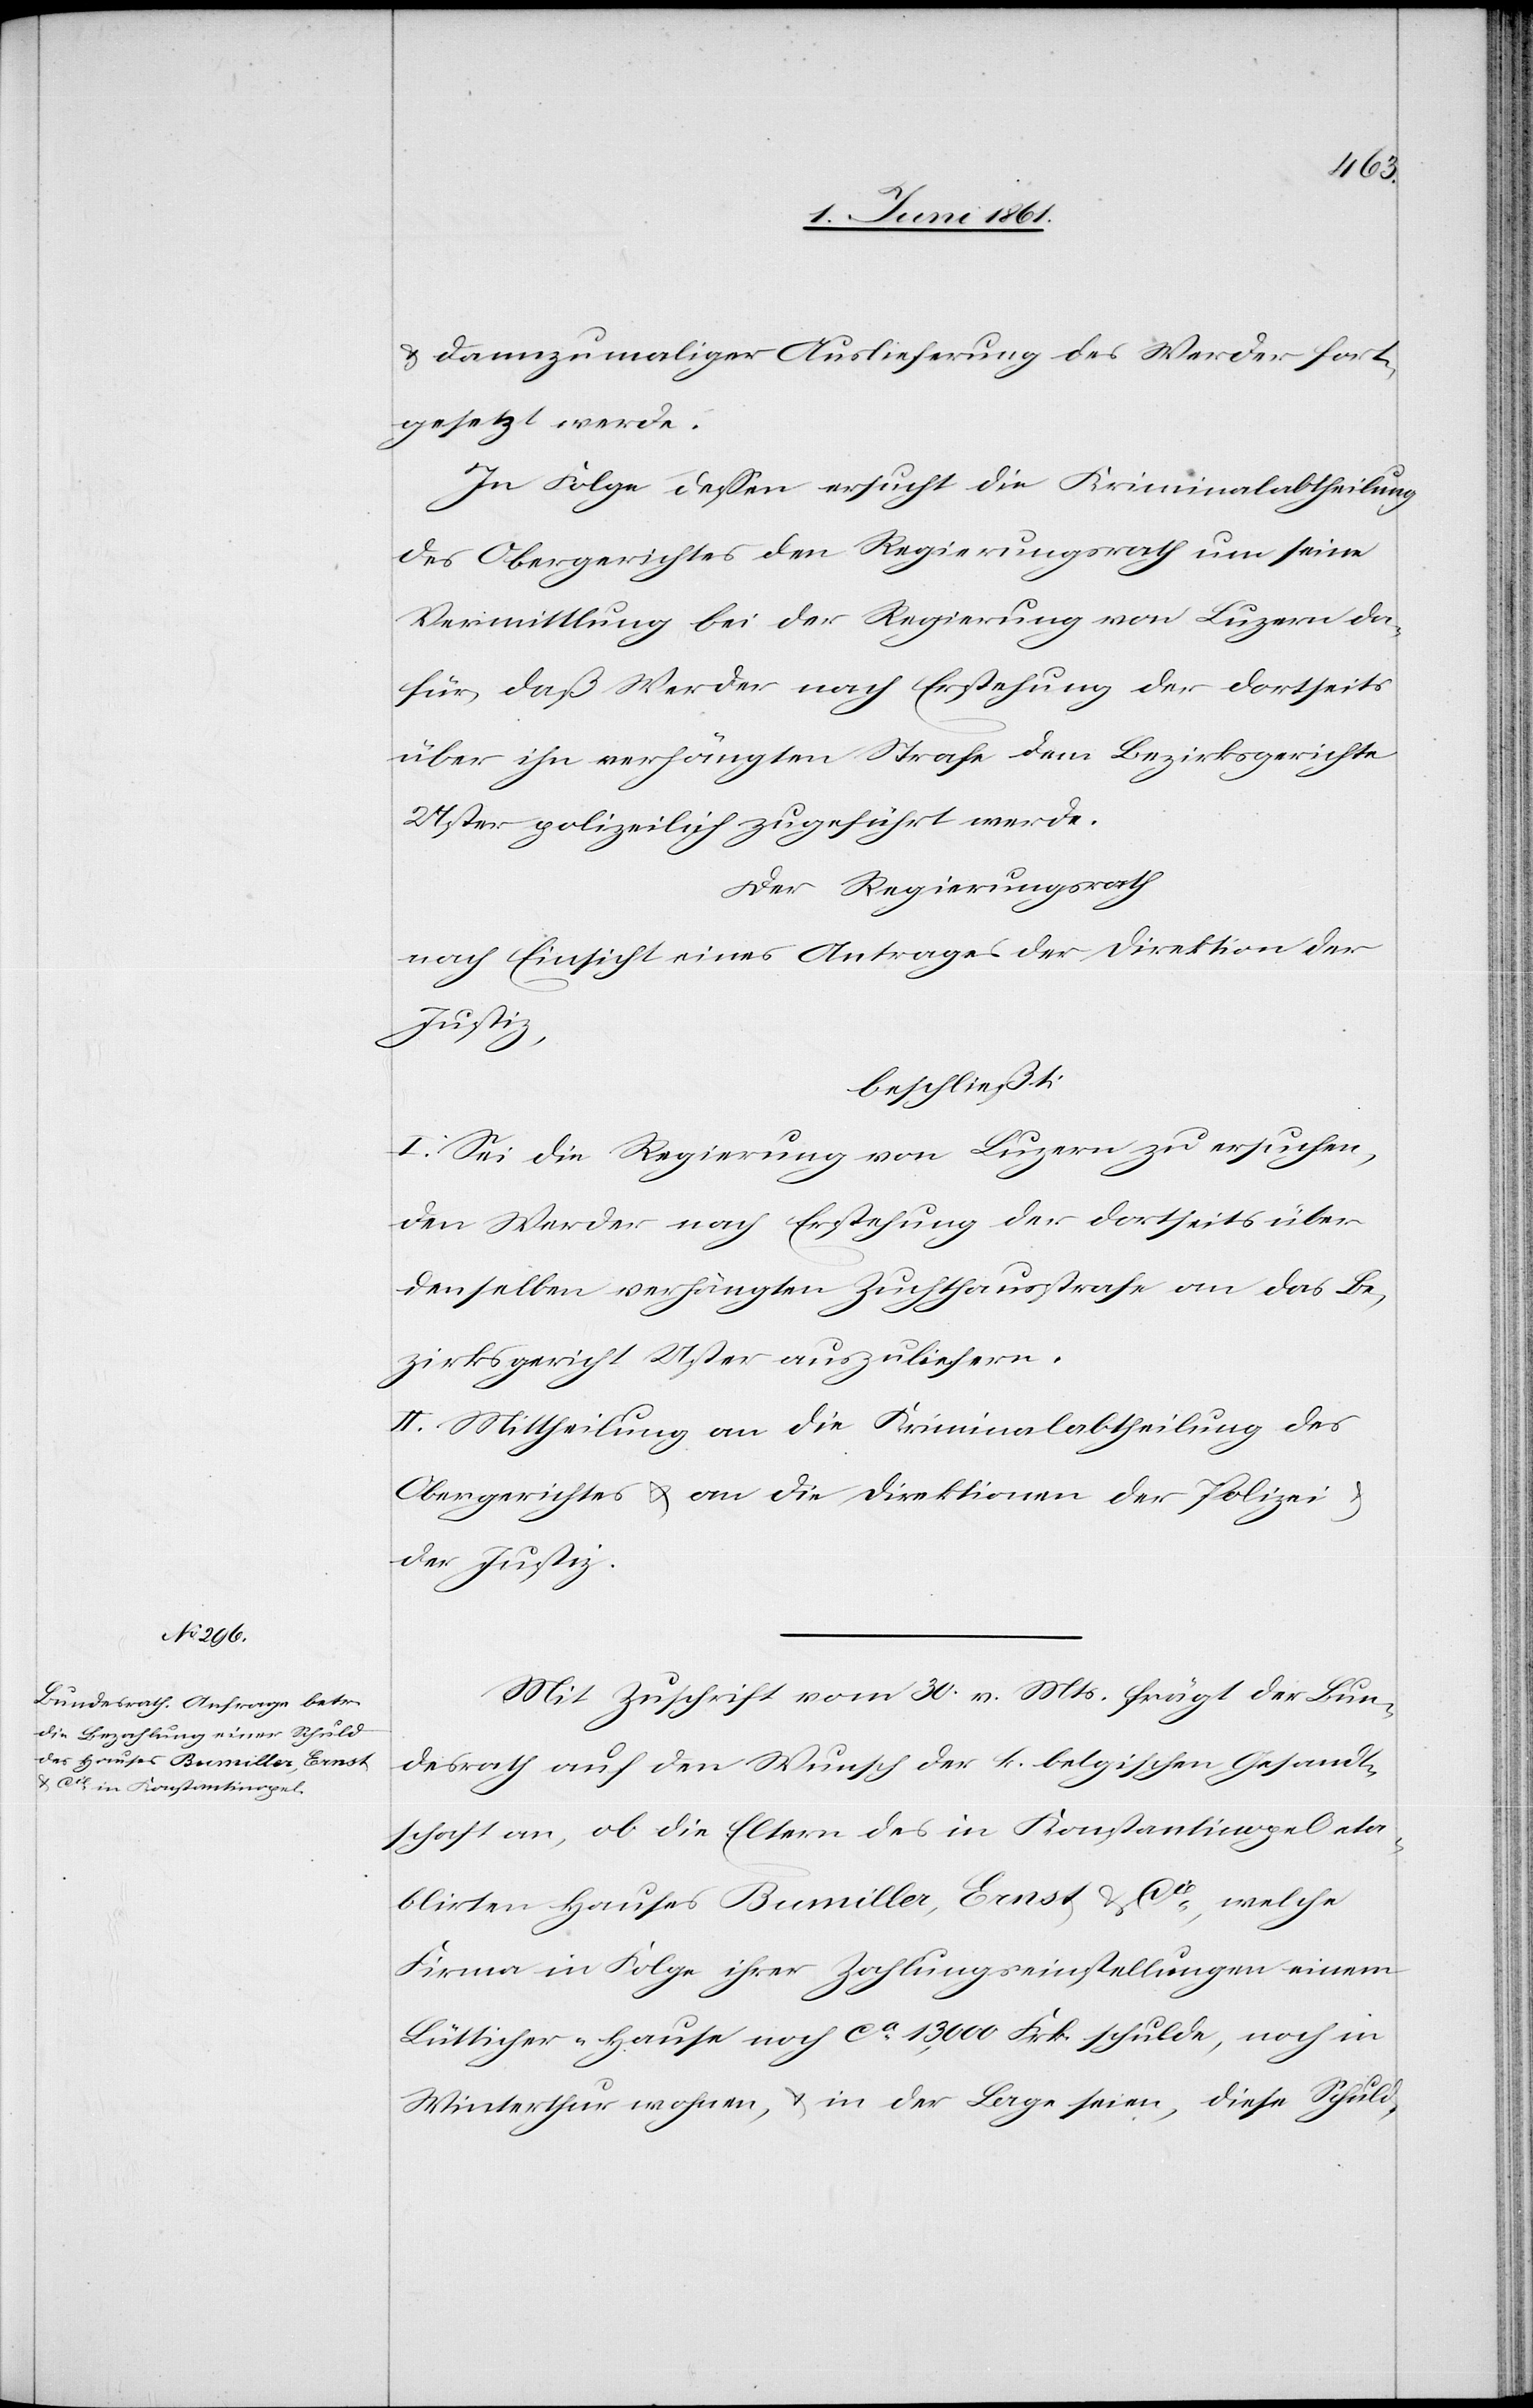
u. dannzumaliger Auslieferung des Werder fort¬
gesetzt werde.
In Folge dessen ersucht die Kriminalabtheilung
des Obergerichtes den Regierungsrath um seine
Vermittlung bei der Regierung von Luzern da¬
für, daß Werder nach Erstehung der dortseits
über ihn verhängten Strafe dem Bezirksgerichte
Uster polizeilich zugeführt werde.
Der Regierungsrath
nach Einsicht eines Antrages der Direktion der
Justiz,
beschließt:
I. Sei die Regierung von Luzern zu ersuchen,
den Werder nach Erstehung der dortseits über
denselben verhängten Zuchthausstrafe an das Be¬
zirksgericht Uster auszuliefern.
II. Mittheilung an die Kriminalabtheilung des
Obergerichtes u. an die Direktionen der Polizei u.
der Justiz.
Mit Zuschrift vom 30. v. Ms. frägt der Bun¬
desrath auf den Wunsch der k. belgischen Gesandt¬
schaft an, ob die Eltern des in Konstantinopel eta¬
blirten Hauses Bumiller, Ernst u. Cie, welche
Firma in Folge ihrer Zahlungseinstellungen einem
Lütticher-Hauser noch ca 13,000 Frk. schulde, noch in
Winterthur wohnen, u. in der Lage seien, diese Schuld-